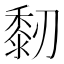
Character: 䵑